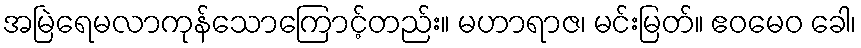
အမြဲရေမလာကုန်သောကြောင့်တည်း။ မဟာရာဇ၊ မင်းမြတ်။ ဧဝမေဝ ခေါ၊